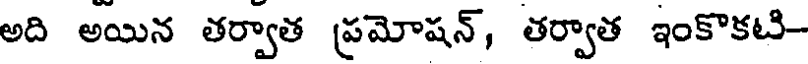
అది అయిన తర్వాత ప్రమోషన్, తర్వాత ఇంకొకటి-